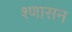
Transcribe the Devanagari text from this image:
श्णासन